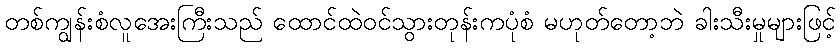
တစ်ကျွန်းစံလူအေးကြီးသည် ထောင်ထဲဝင်သွားတုန်းကပုံစံ မဟုတ်တော့ဘဲ ခါးသီးမှုများဖြင့်